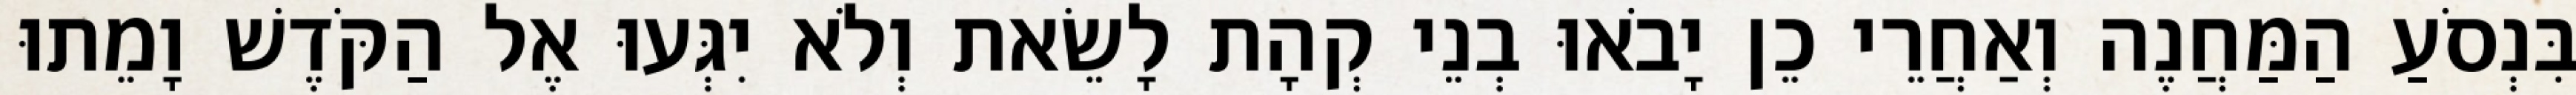
בִּנְסֹעַ הַמַּחֲנֶה וְאַחֲרֵי כֵן יָבֹאוּ בְנֵי קְהָת לָשֵׂאת וְלֹא יִגְּעוּ אֶל הַקֹּדֶשׁ וָמֵתוּ